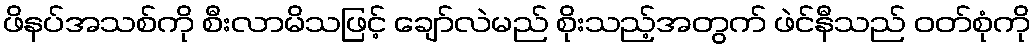
ဖိနပ်အသစ်ကို စီးလာမိသဖြင့် ချော်လဲမည် စိုးသည့်အတွက် ဖဲင်နီသည် ဝတ်စုံကို